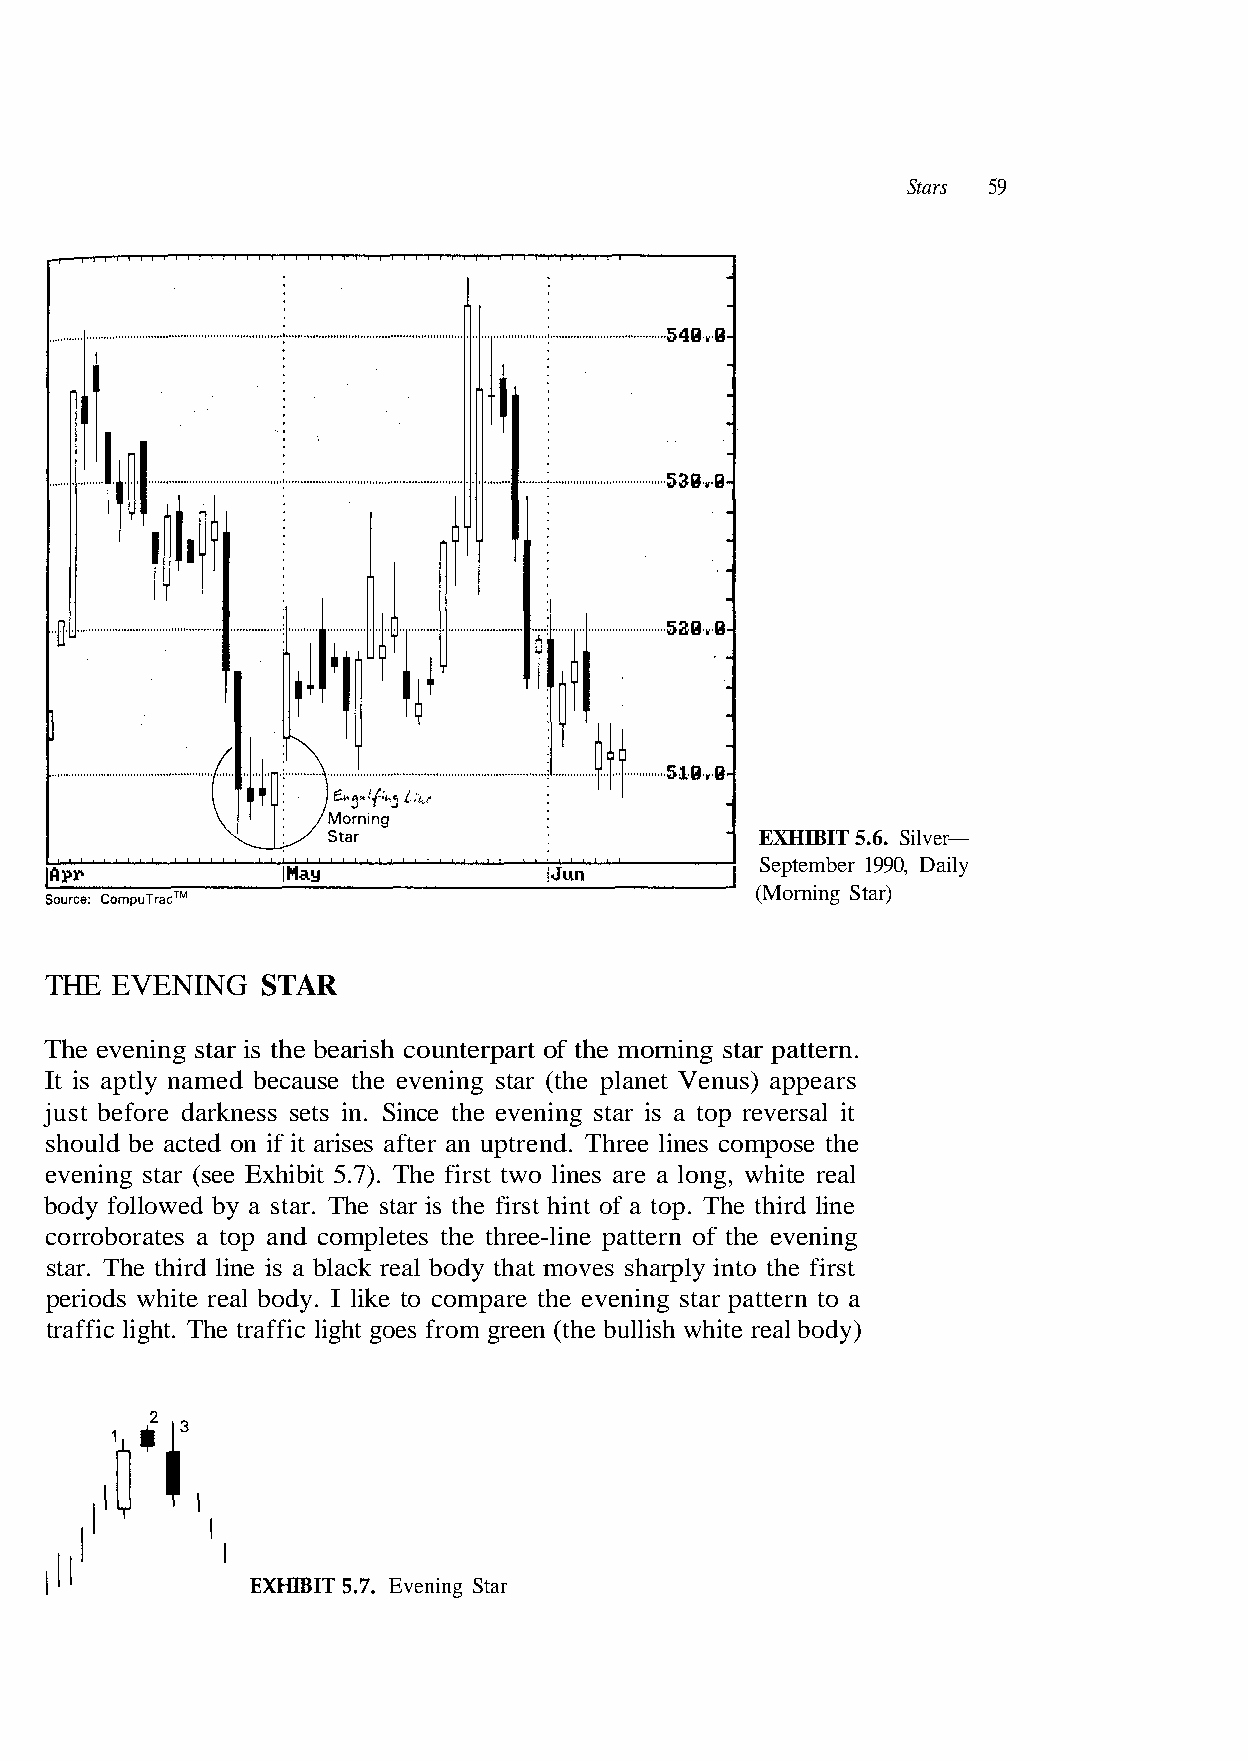
Stars 59
 EXHIBIT 5.6. Silver—
 September 1990, Daily
 (Morning Star)
 THE EVENING   STAR
 The evening star is the bearish counterpart of the morning star pattern.
 just before darkness sets in. Since the evening star is a top reversal it
 evening star (see Exhibit 5.7). The first two lines are a long, white real
 star. The third line is a black real body that moves sharply into the first
 traffic light. The traffic light goes from green (the bullish white real body)
 EXHIBITS.?. Evening Star
 e h t e s o p m o c s e n i l e e r h T . d n e r t p u n a r
 a
 e
 o
 t
 t
 f
 n
 a
 er t t a
 s
 p
 e
 r a
 s
 st
 i
 g
 r
 n
 a
 ni e v
 t
 e
 i
 e h
 f
 t
 i
 e
 ne
 ar
 on
 he third li
 comp
 d
 p. T
 o
 o
 t
 e
 of a t
 ke
 t
 nt
 li
 be ac
 he star is the first hi
 eal body. I
 T
 r
 uld
 by a star.
 white
 It is aptly named because the evening star (the planet Venus) appears
 sho
 body followed
 corroborates a top and completes the three-line pattern of the evening
 periods